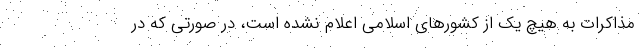
مذاکرات به هیچ یک از کشورهای اسلامی اعلام نشده است، در صورتی که در